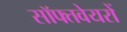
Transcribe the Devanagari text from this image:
सॉफ्तवेयरों